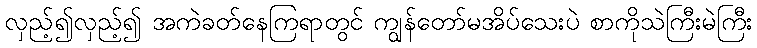
လှည့်၍လှည့်၍ အကဲခတ်နေကြရာတွင် ကျွန်တော်မအိပ်သေးပဲ စာကိုသဲကြီးမဲကြီး